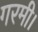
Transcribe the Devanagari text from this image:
गरमी।